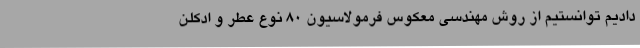
دادیم توانستیم از روش مهندسی معکوس فرمولاسیون 80 نوع عطر و ادکلن‌